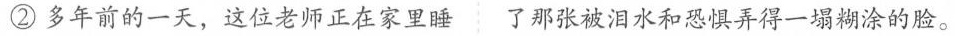
②多年前的一天，这位老师正在家里睡了那张被泪水和恐惧弄得一塌糊涂的脸。